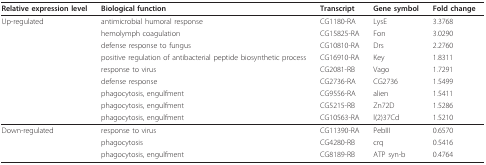
<table><thead><tr><td><b>Relative expression level</b></td><td><b>Biological function</b></td><td><b>Transcript</b></td><td><b>Gene symbol</b></td><td><b>Fold change</b></td></tr></thead><tbody><tr><td>Up-regulated</td><td>antimicrobial humoral response</td><td>CG1180-RA</td><td>LysE</td><td>3.3768</td></tr><tr><td></td><td>hemolymph coagulation</td><td>CG15825-RA</td><td>Fon</td><td>3.0290</td></tr><tr><td></td><td>defense response to fungus</td><td>CG10810-RA</td><td>Drs</td><td>2.2760</td></tr><tr><td></td><td>positive regulation of antibacterial peptide biosynthetic process</td><td>CG16910-RA</td><td>Key</td><td>1.8311</td></tr><tr><td></td><td>response to virus</td><td>CG2081-RB</td><td>Vago</td><td>1.7291</td></tr><tr><td></td><td>defense response</td><td>CG2736-RA</td><td>CG2736</td><td>1.5499</td></tr><tr><td></td><td>phagocytosis, engulfment</td><td>CG9556-RA</td><td>alien</td><td>1.5411</td></tr><tr><td></td><td>phagocytosis, engulfment</td><td>CG5215-RB</td><td>Zn72D</td><td>1.5286</td></tr><tr><td></td><td>phagocytosis, engulfment</td><td>CG10563-RA</td><td>l(2)37Cd</td><td>1.5210</td></tr><tr><td>Down-regulated</td><td>response to virus</td><td>CG11390-RA</td><td>PebIII</td><td>0.6570</td></tr><tr><td></td><td>phagocytosis</td><td>CG4280-RB</td><td>crq</td><td>0.5416</td></tr><tr><td></td><td>phagocytosis, engulfment</td><td>CG8189-RB</td><td>ATP syn-b</td><td>0.4764</td></tr></tbody></table>